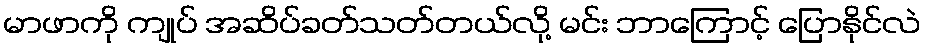
မာဖာကို ကျုပ် အဆိပ်ခတ်သတ်တယ်လို့ မင်း ဘာကြောင့် ပြောနိုင်လဲ